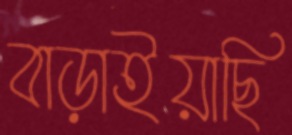
বাড়াইয়াছি